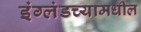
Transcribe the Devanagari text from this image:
इंग्लंडच्यामधील